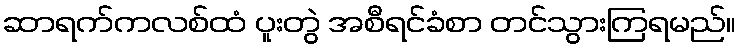
ဆာရက်ကလစ်ထံ ပူးတွဲ အစီရင်ခံစာ တင်သွားကြရမည်။